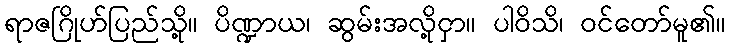
ရာဇဂြိုဟ်ပြည်သို့။ ပိဏ္ဍာယ၊ ဆွမ်းအလို့ငှာ။ ပါဝိသိ၊ ဝင်တော်မူ၏။